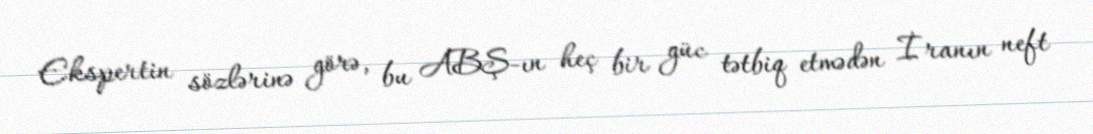
Ekspertin sözlərinə görə, bu ABŞ-ın heç bir güc tətbiq etmədən İranın neft